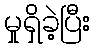
မှုရှိခဲ့ပြီး